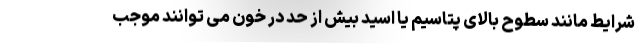
شرایط مانند سطوح بالای پتاسیم یا اسید بیش از حد در خون می توانند موجب